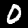
Digit: 0